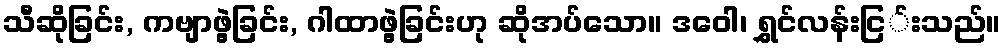
သီဆိုခြင်း, ကဗျာဖွဲ့ခြင်း, ဂါထာဖွဲ့ခြင်းဟု ဆိုအပ်သော။ ဒဝေါ၊ ရွှင်လန်းငြ်းသည်။